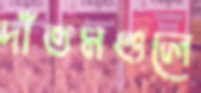
দাঁতমণ্ডলে